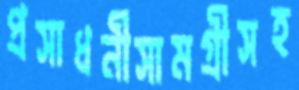
প্রসাধনীসামগ্রীসহ